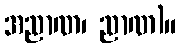
အညာဏ၊ ညာဏ)။